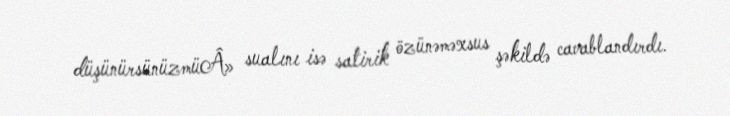
düşünürsünüzmüÂ» sualını isə satirik özünəməxsus şəkildə cavablandırdı.